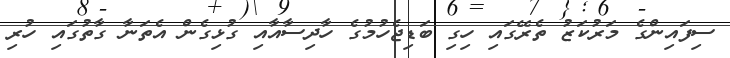
ސިފައިންގެ މަރުކަޒު ތެރޭގައި ހިގި ބަޑިޖެހުމުގެ ހާދިސާއާއި ގުޅިގެން އެތަނާ ގާތުގައި ހުރި